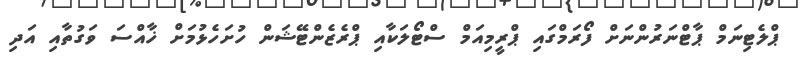
ޕްލެޓިނަމް ޕާޓްނަރުންނަށް ފޯރަމްގައި ޕްރީމިއަމް ސްޓޯލަކާއި ޕްރެޒެންޓޭޝަން ހުށަހެޅުމަށް ޚާއްސަ ވަގުތާއި އަދި